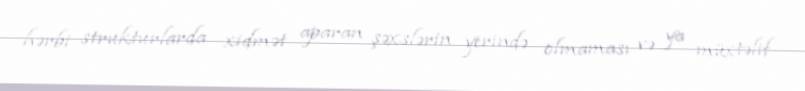
hərbi strukturlarda xidmət aparan şəxslərin yerində olmaması və ya müxtəlif